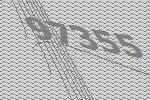
97355